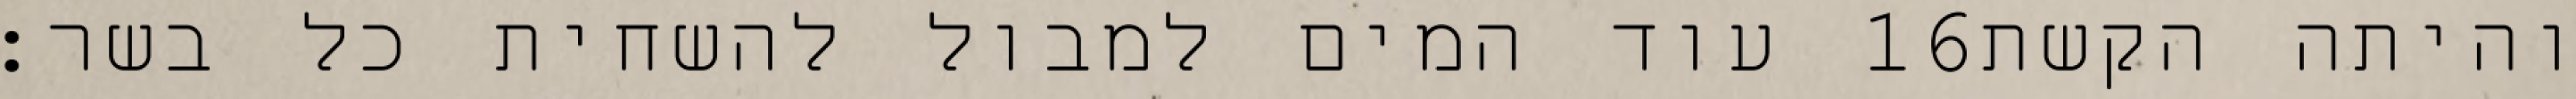
עוד המים למבול להשחית כל בשר׃ ‎16‏ והיתה הקשת